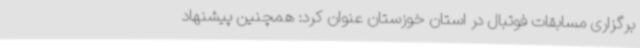
برگزاری مسابقات فوتبال در استان خوزستان عنوان کرد: همچنین پیشنهاد